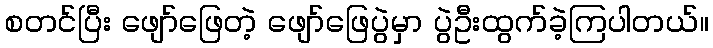
စတင်ပြီး ဖျော်ဖြေတဲ့ ဖျော်ဖြေပွဲမှာ ပွဲဦးထွက်ခဲ့ကြပါတယ်။